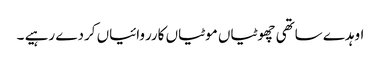
اوہدے ساتھی چھوٹیاں موٹیاں کارروائیاں کردے رہیے ۔